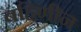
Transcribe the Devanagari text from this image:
बहिणीन